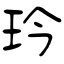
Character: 玪